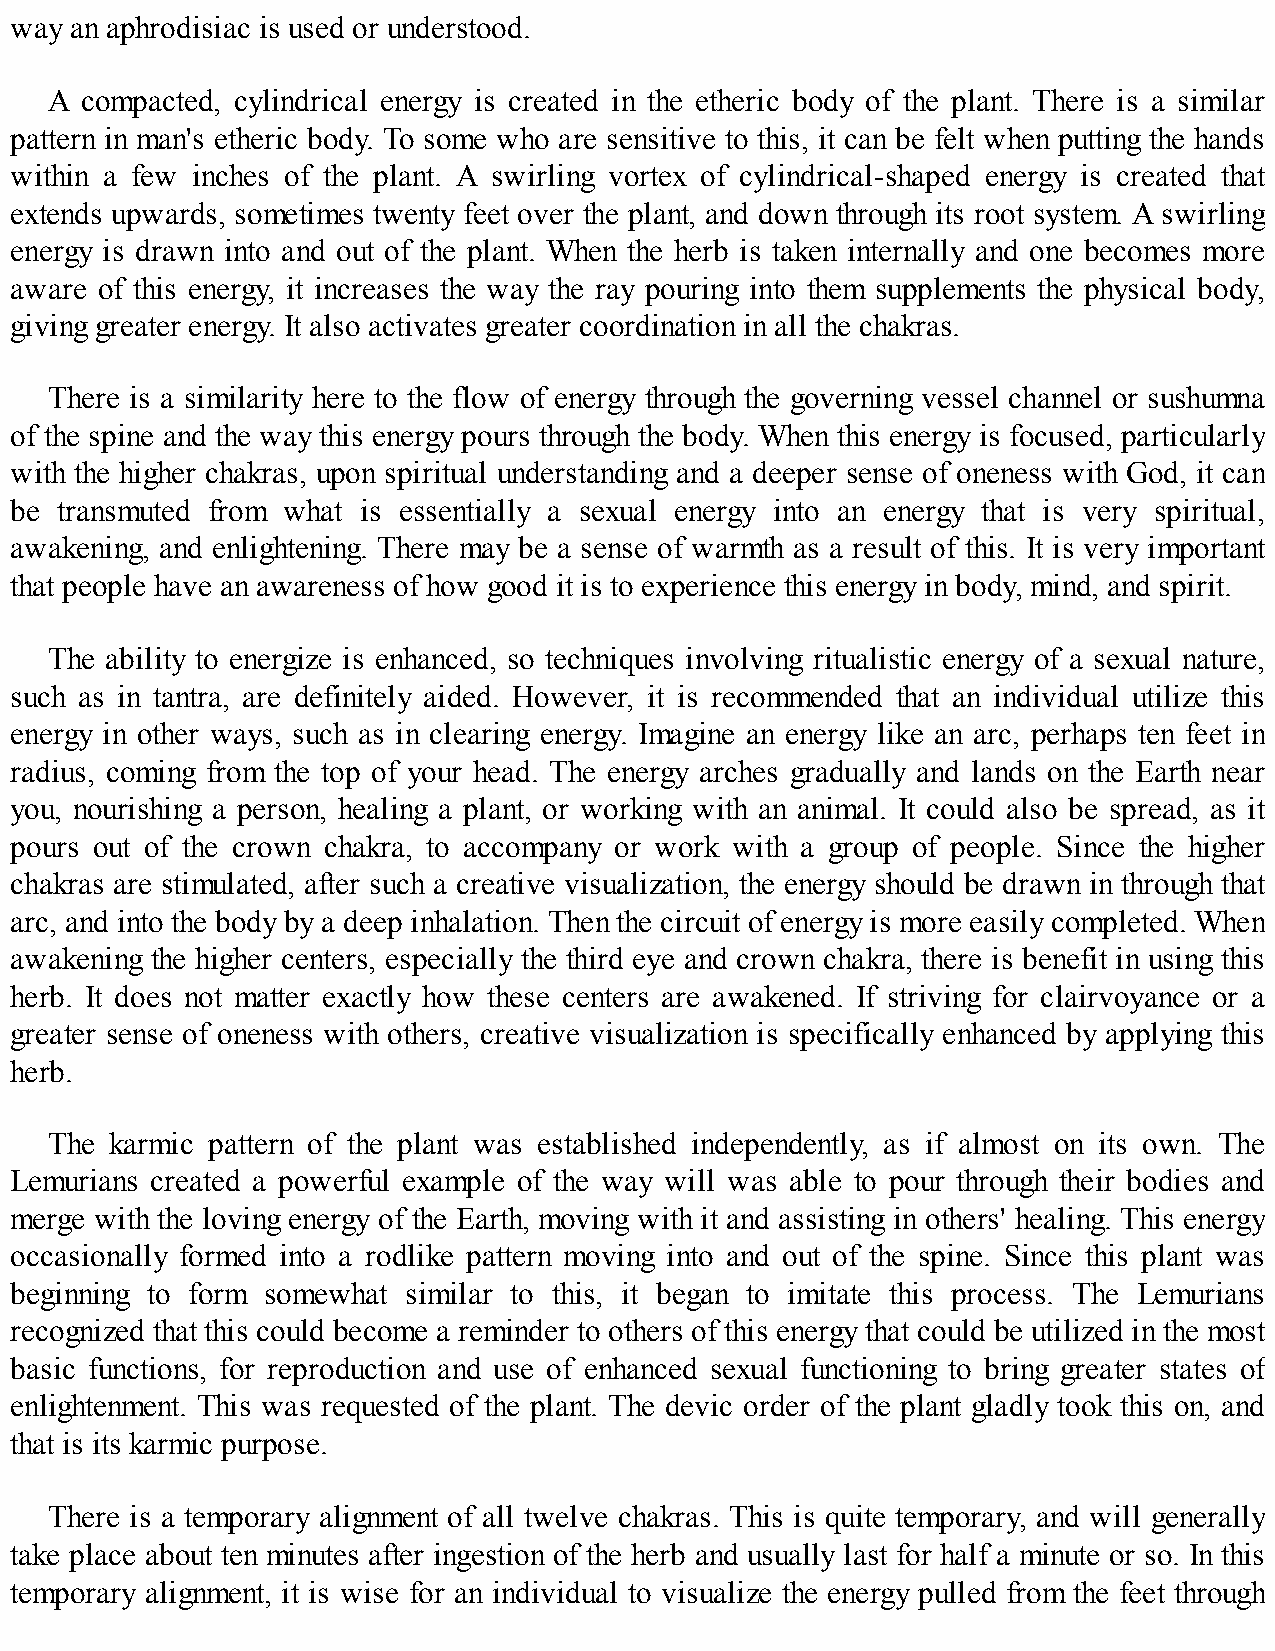
way an aphrodisiac is used or understood.
 A compacted, cylindrical energy is created in the etheric body of the plant. There is a similar
 pattern in man's etheric body. To some who are sensitive to this, it can be felt when putting the hands
 within a few inches of the plant. A swirling vortex of cylindrical-shaped energy is created that
 extends upwards, sometimes twenty feet over the plant, and down through its root system. A swirling
 energy is drawn into and out of the plant. When the herb is taken internally and one becomes more
 aware of this energy, it increases the way the ray pouring into them supplements the physical body,
 giving greater energy. It also activates greater coordination in all the chakras.
 There is a similarity here to the flow of energy through the governing vessel channel or sushumna
 of the spine and the way this energy pours through the body. When this energy is focused, particularly
 with the higher chakras, upon spiritual understanding and a deeper sense of oneness with God, it can
 be transmuted from what is essentially a sexual energy into an energy that is very spiritual,
 awakening, and enlightening. There may be a sense of warmth as a result of this. It is very important
 that people have an awareness of how good it is to experience this energy in body, mind, and spirit.
 The ability to energize is enhanced, so techniques involving ritualistic energy of a sexual nature,
 such as in tantra, are definitely aided. However, it is recommended that an individual utilize this
 energy in other ways, such as in clearing energy. Imagine an energy like an arc, perhaps ten feet in
 radius, coming from the top of your head. The energy arches gradually and lands on the Earth near
 you, nourishing a person, healing a plant, or working with an animal. It could also be spread, as it
 pours out of the crown chakra, to accompany or work with a group of people. Since the higher
 chakras are stimulated, after such a creative visualization, the energy should be drawn in through that
 arc, and into the body by a deep inhalation. Then the circuit of energy is more easily completed. When
 awakening the higher centers, especially the third eye and crown chakra, there is benefit in using this
 herb. It does not matter exactly how these centers are awakened. If striving for clairvoyance or a
 greater sense of oneness with others, creative visualization is specifically enhanced by applying this
 herb.
 The karmic pattern of the plant was established independently, as if almost on its own. The
 Lemurians created a powerful example of the way will was able to pour through their bodies and
 merge with the loving energy of the Earth, moving with it and assisting in others' healing. This energy
 occasionally formed into a rodlike pattern moving into and out of the spine. Since this plant was
 beginning to form somewhat similar to this, it began to imitate this process. The Lemurians
 recognized that this could become a reminder to others of this energy that could be utilized in the most
 basic functions, for reproduction and use of enhanced sexual functioning to bring greater states of
 enlightenment. This was requested of the plant. The devic order of the plant gladly took this on, and
 that is its karmic purpose.
 There is a temporary alignment of all twelve chakras. This is quite temporary, and will generally
 take place about ten minutes after ingestion of the herb and usually last for half a minute or so. In this
 temporary alignment, it is wise for an individual to visualize the energy pulled from the feet through